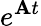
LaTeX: e^{\mathbf{A}t}